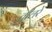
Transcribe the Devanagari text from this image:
तीलरे